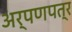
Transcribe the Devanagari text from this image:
अर्पणपत्र